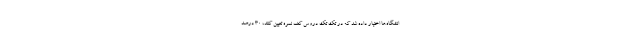
انشگاه‌ها اختیار داده شد که در تک تک دروس کف نمره تعیین کنند، ۳۰ درصد